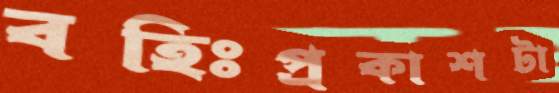
বহিঃপ্রকাশটা